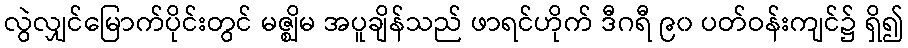
လွဲလျှင်မြောက်ပိုင်းတွင် မဇ္ဈိမ အပူချိန်သည် ဖာရင်ဟိုက် ဒီဂရီ ၉၀ ပတ်ဝန်းကျင်၌ ရှိ၍